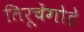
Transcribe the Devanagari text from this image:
तिरूचेंगोडे